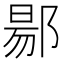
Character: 𬪌